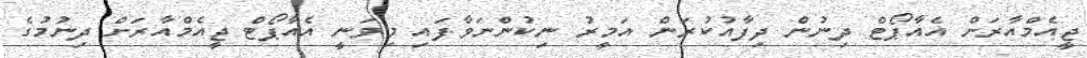
ޖީއެމްއާރަށް އެއާޕޯޓް ދިނުން ދިފާއުކުރަން އަމީރު ނިކުންނަވާފައި މިވަނީ އެއާޕޯޓް ޖީއެމްއާރަށް ދިނުމުގެ